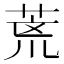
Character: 𮏞